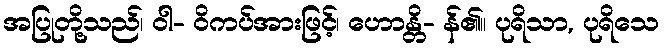
အပြုတို့သည်၊ ဝါ- ဝိကပ်အားဖြင့်၊ ဟောန္တိ- န်၏။ ပုရိသာ, ပုရိသေ